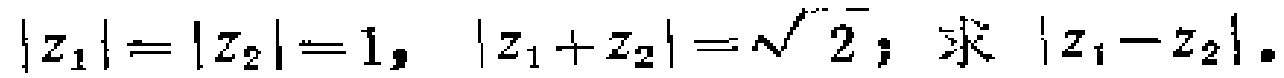
$|z_{1}| = |z_{2}| = 1, \ |z_{1} + z_{2}| = \sqrt{2}; \ 求\ |z_{1} - z_{2}|.$